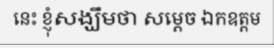
នេះ ខ្ញុំសង្ឃឹមថា សម្តេច ឯកឧត្តម